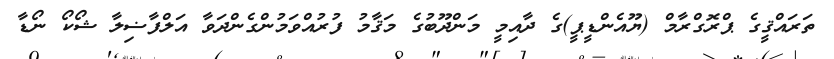
ތަރައްޤީގެ ޕްރޮގްރާމް (ޔޫއެންޑީޕީ)ގެ ދާއިމީ މަންދޫބުގެ މަޤާމު ފުރުއްވަމުންގެންދަވާ އަލްފާޟިލާ ޝޯކޯ ނޯޑާ